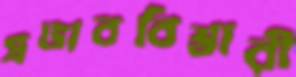
প্রভাববিস্তারী